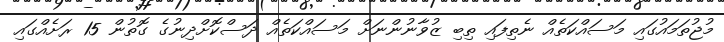
މުޖުތަމައުގައި މަސައްކަތެއް ނެތިފައި ތިބި ޒުވާނުންނަށް މަސައްކަތެއް ދަސްކޮށްދިނުގެ ގޮތުން 15 ރަށެއްގައި